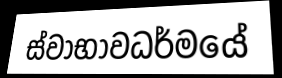
ස්වාභාවධර්මයේ